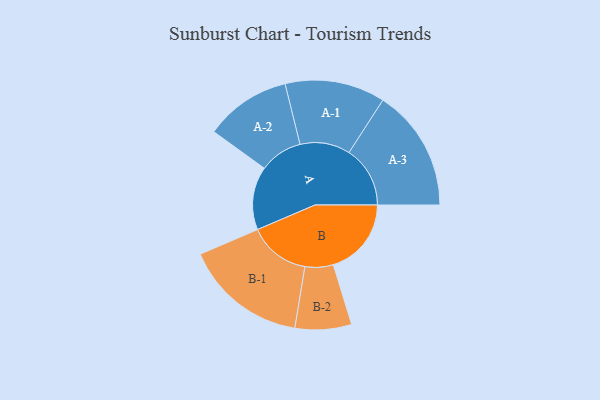
{"axis": {"x": "Segment", "y": "Value"}, "legend": ["", "A", "B"], "data": [{"x": "A", "y": 269, "type": ""}, {"x": "B", "y": 332, "type": ""}, {"x": "A-1", "y": 213, "type": "A"}, {"x": "A-2", "y": 183, "type": "A"}, {"x": "A-3", "y": 260, "type": "A"}, {"x": "B-1", "y": 262, "type": "B"}, {"x": "B-2", "y": 120, "type": "B"}]}